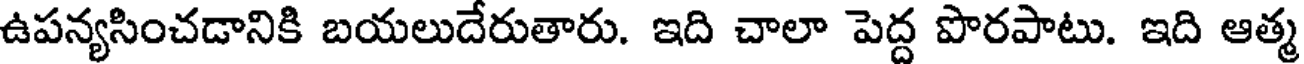
ఉపన్యసించడానికి బయలుదేరుతారు. ఇది చాలా పెద్ద పొరపాటు. ఇది ఆత్మ